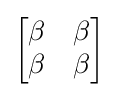
{\begin{bmatrix}\beta &\beta \\\beta &\beta \end{bmatrix}}